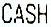
CASH